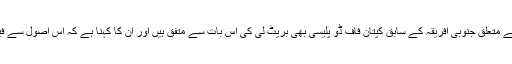
دوسری جانب اس پابندی سے متعلق جنوبی افریقہ کے سابق کپتان فاف ڈو پلیسی بھی بریٹ لی کی اس بات سے متفق ہیں اور ان کا کہنا ہے کہ اس اصول سے فيلڈروں کو بھی مشکل ہوگی۔